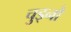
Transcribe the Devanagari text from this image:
चुड्नो